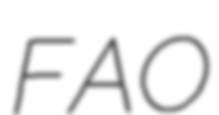
FAO